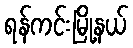
ရန်ကင်းမြို့နယ်